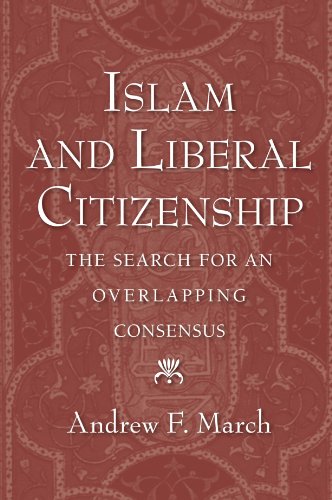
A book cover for Islam and Liberal Citizenship: The Search for an Overlapping Consensus; Andrew F. March; Religion & Spirituality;